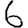
Digit: 6